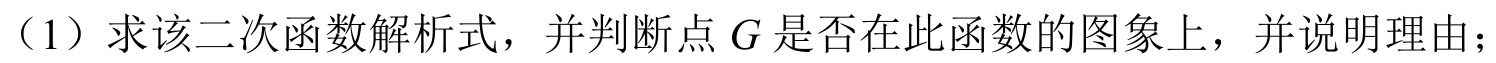
（1）求该二次函数解析式，并判断点\(G\)是否在此函数的图象上，并说明理由；